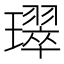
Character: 璻